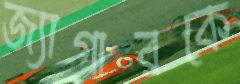
জ্যাগারকে